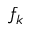
f _ { k }